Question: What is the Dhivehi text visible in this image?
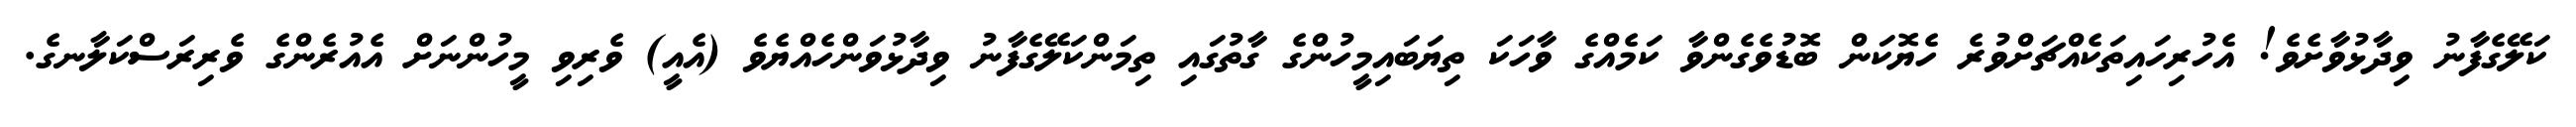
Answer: ކަލޭގެފާނު ވިދާޅުވާށެވެ! އެހުރިހައިތަކެއްޗަށްވުރެ ހެޔޮކަން ބޮޑުވެގެންވާ ކަމެއްގެ ވާހަކަ ތިޔަބައިމީހުންގެ ގާތުގައި ތިމަންކަލޭގެފާނު ވިދާޅުވަންހެއްޔެވެ (އެއީ) ވެރިވި މީހުންނަށް އެއުރެންގެ ވެރިރަސްކަލާނގެ.